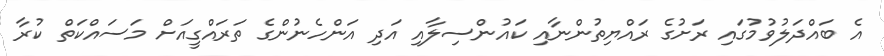
އެ ބައްދަލުވުމުގައި ރަށުގެ ރައްޔިތުންނާއި ކައުންސިލާއި އަދި އަންހެނުންގެ ތަރައްގީއަށް މަސައްކަތް ކުރާ